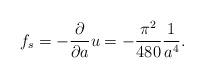
LaTeX: \begin{align*}f_s=-{\partial\over\partial a}u=-{\pi^2\over 480}{1\over a^4}.\end{align*}